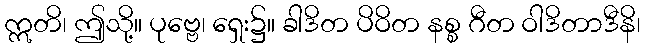
ဣတိ၊ ဤသို့။ ပုဗ္ဗေ၊ ရှေး၌။ ခါဒိတ ပိဝိတ နစ္စ ဂီတ ဝါဒိတာဒီနိ၊